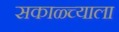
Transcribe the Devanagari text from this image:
सकाळ्च्याला